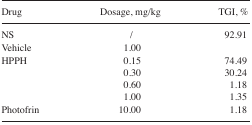
<table><thead><tr><td><b>Drug</b></td><td><b>Dosage, mg/kg</b></td><td><b>TGI, %</b></td></tr></thead><tbody><tr><td>NS</td><td>/</td><td>92.91</td></tr><tr><td>Vehicle</td><td>1.00</td><td></td></tr><tr><td>HPPH</td><td>0.15</td><td>74.49</td></tr><tr><td></td><td>0.30</td><td>30.24</td></tr><tr><td></td><td>0.60</td><td>1.18</td></tr><tr><td></td><td>1.00</td><td>1.35</td></tr><tr><td>Photofrin</td><td>10.00</td><td>1.18</td></tr></tbody></table>